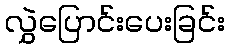
လွှဲပြောင်းပေးခြင်း